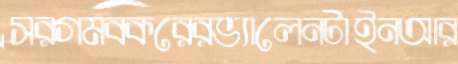
সরগমবকরেরভ্যালেনটাইনআর